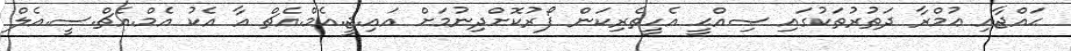
ޙައްޖާއި ޢުމްރާ ދަތުރުތަކުގައި ޞިއްޙީ އެހީތެރިކަން ފޯރުކޮށްދިނުމަށް އައި.ޖީ.އެމް.އެޗް އާ އެކު އެމް.އެޗް.ސީ.އެލް